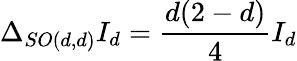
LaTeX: \Delta_{SO(d,d)}I_{d}=\frac{d(2-d)}{4}I_{d}